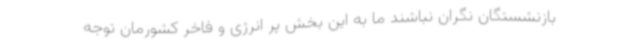
بازنشستگان نگران نباشند ما به این بخش پر انرژی و فاخر کشورمان توجه